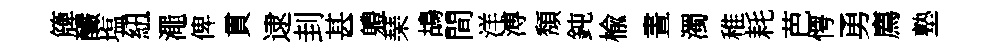
簰釅塩紐澠俾貫逮刲甚軆琹鴣間洋溥頽鈍楡晝濁稚耗芭愕勇廌塾